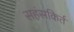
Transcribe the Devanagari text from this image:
सहंसकिर्त